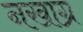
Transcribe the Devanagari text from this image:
नखाग्र